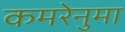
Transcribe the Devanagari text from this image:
कमरेनुमा